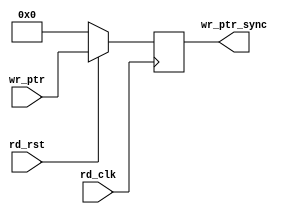
module sync_w2r #(parameter add_size = 3)(
output reg [add_size:0] wr_ptr_sync,   //  write pointer after synchronization 
input [add_size:0] wr_ptr, //  write pointer before synchronization 
input rd_clk, rd_rst);  // read clock, rad reset


always @(posedge rd_clk)
if (!rd_rst)
begin
wr_ptr_sync<=0;
end
else 
begin

wr_ptr_sync <=wr_ptr;
end
endmodule